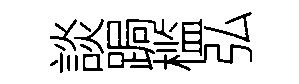
談跼槛弘